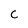
Character: C